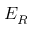
E _ { R }